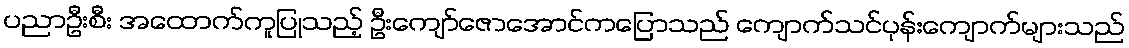
ပညာဦးစီး အထောက်ကူပြုသည့် ဦးကျော်ဇောအောင်ကပြောသည် ကျောက်သင်ပုန်းကျောက်များသည်